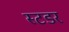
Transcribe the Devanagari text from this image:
स्टडर